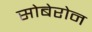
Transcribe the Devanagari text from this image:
सोबेरोन